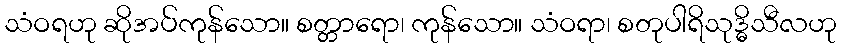
သံဝရဟု ဆိုအပ်ကုန်သော။ စတ္တာရော၊ ကုန်သော။ သံဝရာ၊ စတုပါရိသုဒ္ဓိသီလဟု